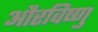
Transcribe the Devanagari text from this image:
औरविष्णु